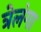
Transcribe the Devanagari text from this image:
त्रेलंगा